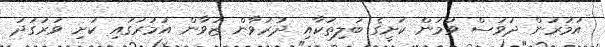
އުމުރުން ދުވަސް ވުމުން ކަށީގެ ބަލިތަކާއި ދުރުވާން ޒުވާން އުމުރުގައި ކަށި ވަރުގަދަ